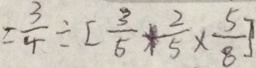
= \frac { 3 } { 4 } \div [ \frac { 3 } { 5 } + \frac { 2 } { 5 } \times \frac { 5 } { 8 } ]